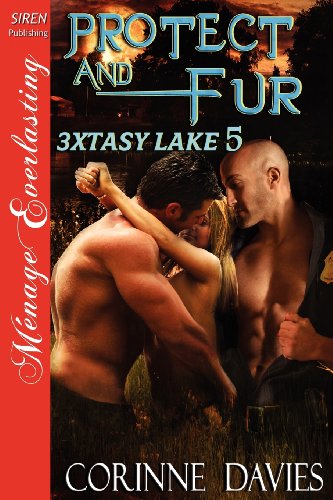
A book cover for Protect and Fur [3xtasy Lake 5] (Siren Publishing Menage Everlasting); Corinne Davies; Romance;